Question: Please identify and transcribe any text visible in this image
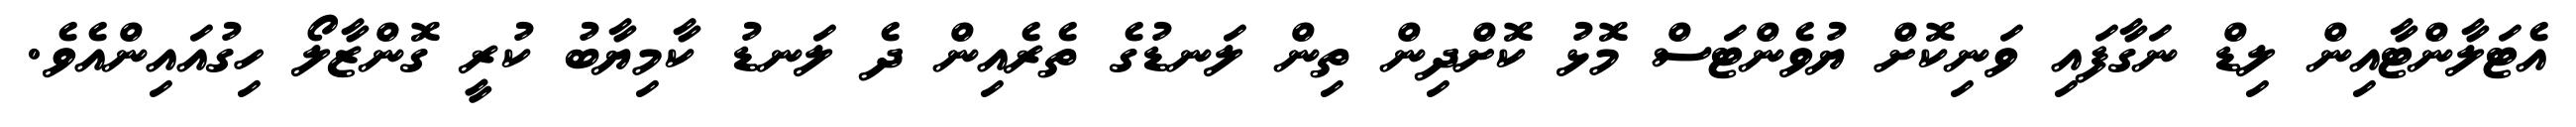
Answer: އެޓަލާންޓާއިން ލިޑް ނަގާފައި ވަނިކޮށް ޔުވެންޓަސް މޮޅު ކޮށްދިން ތިން ލަނޑުގެ ތެރެއިން ދެ ލަނޑު ކާމިޔާބު ކުރީ ގޮންޒާލޯ ހިގުއައިންއެވެ.